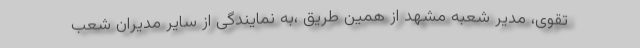
تقوی، مدیر شعبه مشهد از همین طریق ،به نمایندگی از سایر مدیران شعب